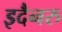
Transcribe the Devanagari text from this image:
इदैनरु